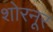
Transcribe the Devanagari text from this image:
शोरनूर